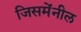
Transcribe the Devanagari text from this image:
जिसमेंनील